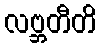
လဗ္ဘတီတိ